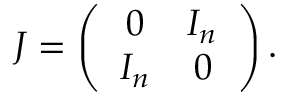
J = \left( \begin{array} { c c } { 0 } & { I _ { n } } \\ { I _ { n } } & { 0 } \end{array} \right) .